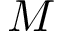
M